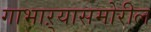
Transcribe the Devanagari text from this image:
गाभाऱ्यासमोरील